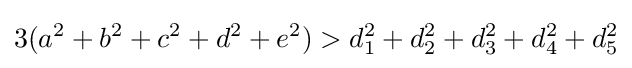
3(a^{2}+b^{2}+c^{2}+d^{2}+e^{2})>d_{1}^{2}+d_{2}^{2}+d_{3}^{2}+d_{4}^{2}+d_{5}^{2}